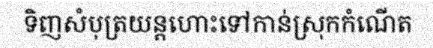
ទិញសំបុត្រយន្តហោះទៅកាន់ស្រុកកំណើត